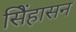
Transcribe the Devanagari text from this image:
सिेंहासन